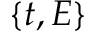
\{ t , E \}